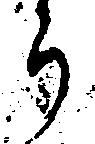
ら